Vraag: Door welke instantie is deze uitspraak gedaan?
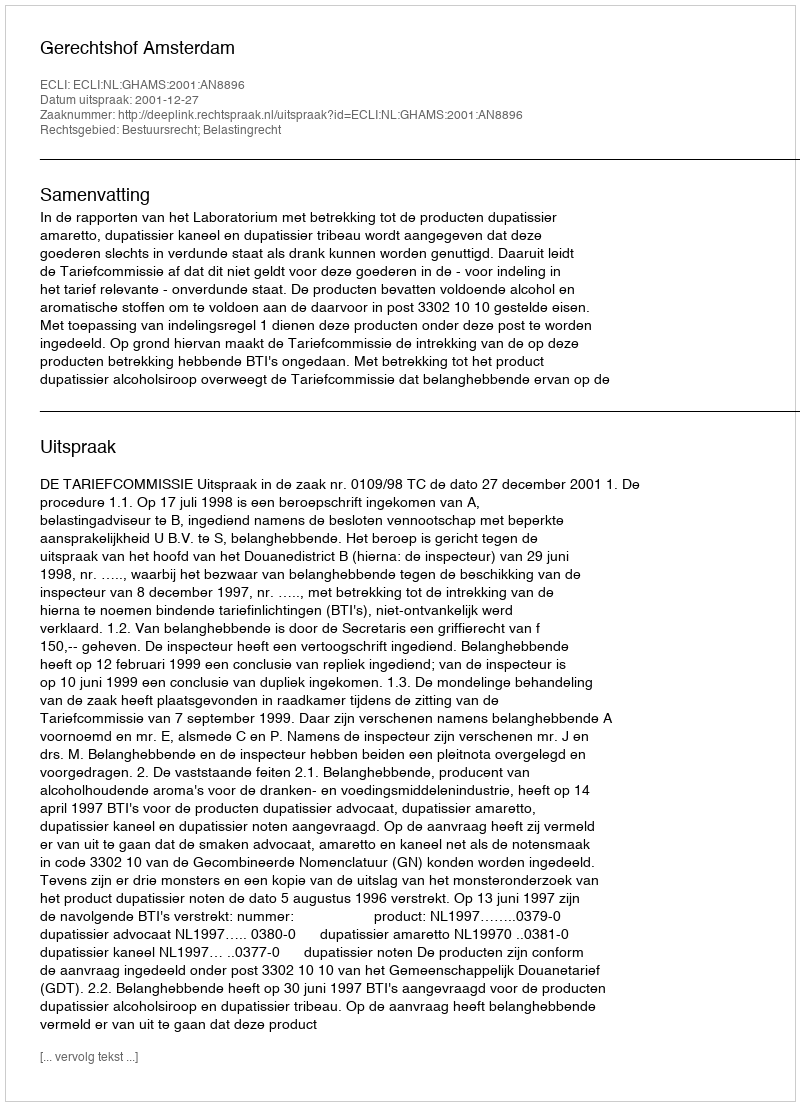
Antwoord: Gerechtshof Amsterdam